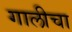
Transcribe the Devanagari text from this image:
गालीचा